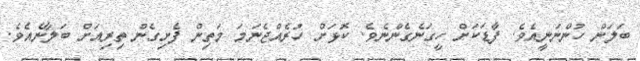
ބަލަން ހުންނަނީއެވެ. ފާޑަކަށް ހީގަނެގެންނެވެ. ކޮޅަށް ހުރެއްޖެނަމަ މަތިން ފެށިގެން ތިރިއަށް ބަލާނެއެވެ.